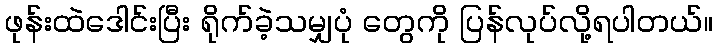
ဖုန်းထဲဒေါင်းပြီး ရိုက်ခဲ့သမျှပုံ တွေကို ပြန်လုပ်လို့ရပါတယ်။